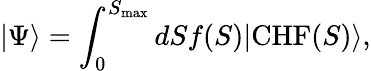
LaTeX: |\Psi\rangle=\int_{0}^{S_{\textrm{max}}}dSf(S)|\textrm{CHF}(S)\rangle,